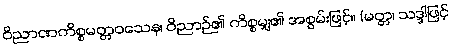
ဝိညာဏကိစ္စမတ္တဝသေန၊ ဝိညာဉ်၏ ကိစ္စမျှ၏ အစွမ်းဖြင့်။ (မတ္တ၊ သဒ္ဒါဖြင့်